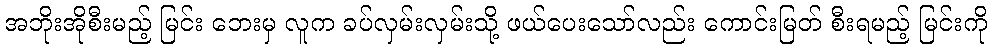
အဘိုးအိုစီးမည့် မြင်း ဘေးမှ လူက ခပ်လှမ်းလှမ်းသို့ ဖယ်ပေးသော်လည်း ကောင်းမြတ် စီးရမည့် မြင်းကို